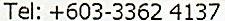
TEL: +603-3362 4137